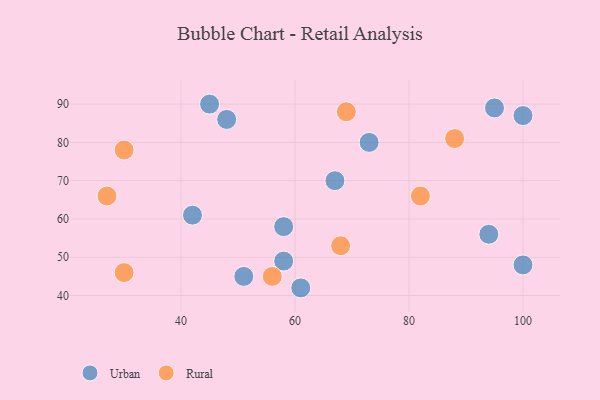
{"axis": {"x": "GDP", "y": "Life Expectancy"}, "legend": ["Rural", "Urban"], "data": [{"x": "58", "y": 49, "type": "Urban"}, {"x": "100", "y": 87, "type": "Urban"}, {"x": "51", "y": 45, "type": "Urban"}, {"x": "95", "y": 89, "type": "Urban"}, {"x": "42", "y": 61, "type": "Urban"}, {"x": "73", "y": 80, "type": "Urban"}, {"x": "58", "y": 58, "type": "Urban"}, {"x": "48", "y": 86, "type": "Urban"}, {"x": "94", "y": 56, "type": "Urban"}, {"x": "61", "y": 42, "type": "Urban"}, {"x": "45", "y": 90, "type": "Urban"}, {"x": "100", "y": 48, "type": "Urban"}, {"x": "67", "y": 70, "type": "Urban"}, {"x": "30", "y": 78, "type": "Rural"}, {"x": "82", "y": 66, "type": "Rural"}, {"x": "68", "y": 53, "type": "Rural"}, {"x": "30", "y": 46, "type": "Rural"}, {"x": "27", "y": 66, "type": "Rural"}, {"x": "88", "y": 81, "type": "Rural"}, {"x": "56", "y": 45, "type": "Rural"}, {"x": "69", "y": 88, "type": "Rural"}]}